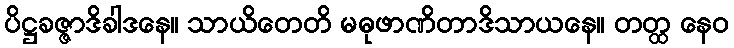
ပိဋ္ဌခဇ္ဇာဒိခါဒနေ။ သာယိတေတိ မဓုဖာဏိတာဒိသာယနေ။ တတ္ထ နေဝ